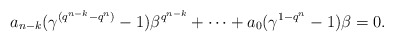
\begin{align*} a_{n-k}(\gamma^{(q^{n-k}-q^n)}-1)\beta^{q^{n-k}}+\cdots +a_0(\gamma^{1-q^n}-1)\beta=0. \end{align*}